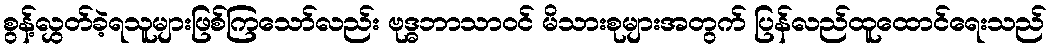
စွန့်လွှတ်ခဲ့ရသူများဖြစ်ကြသော်လည်း ဗုဒ္ဓဘာသာဝင် မိသားစုများအတွက် ပြန်လည်ထူထောင်ရေးသည်